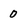
Character: 0